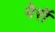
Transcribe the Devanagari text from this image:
पेरॉ